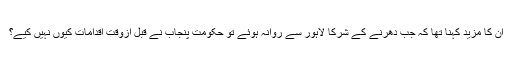
ان کا مزید کہنا تھا کہ جب دھرنے کے شرکا لاہور سے روانہ ہوئے تو حکومتِ پنجاب نے قبل ازوقت اقدامات کیوں نہیں کیے؟